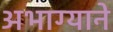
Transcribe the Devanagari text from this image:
अभाग्याने